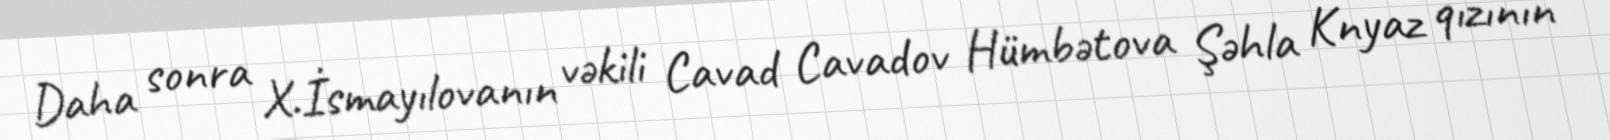
Daha sonra X.İsmayılovanın vəkili Cavad Cavadov Hümbətova Şəhla Knyaz qızının